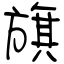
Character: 旗